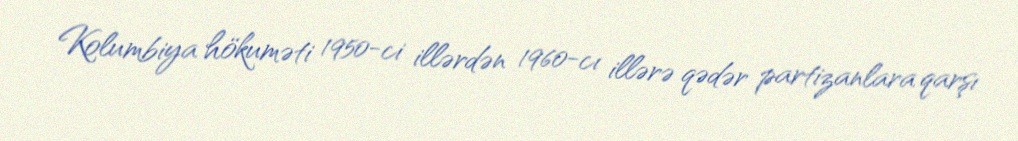
Kolumbiya hökuməti 1950-ci illərdən 1960-cı illərə qədər partizanlara qarşı